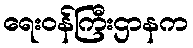
ရေးဝန်ကြီးဌာနက